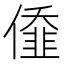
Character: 𠎷